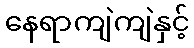
နေရာကျဲကျဲနှင့်